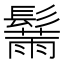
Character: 𲌢